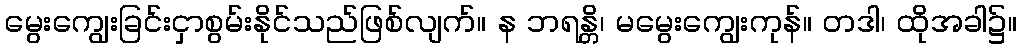
မွေးကျွေးခြင်းငှာစွမ်းနိုင်သည်ဖြစ်လျက်။ န ဘရန္တိ၊ မမွေးကျွေးကုန်။ တဒါ၊ ထိုအခါ၌။